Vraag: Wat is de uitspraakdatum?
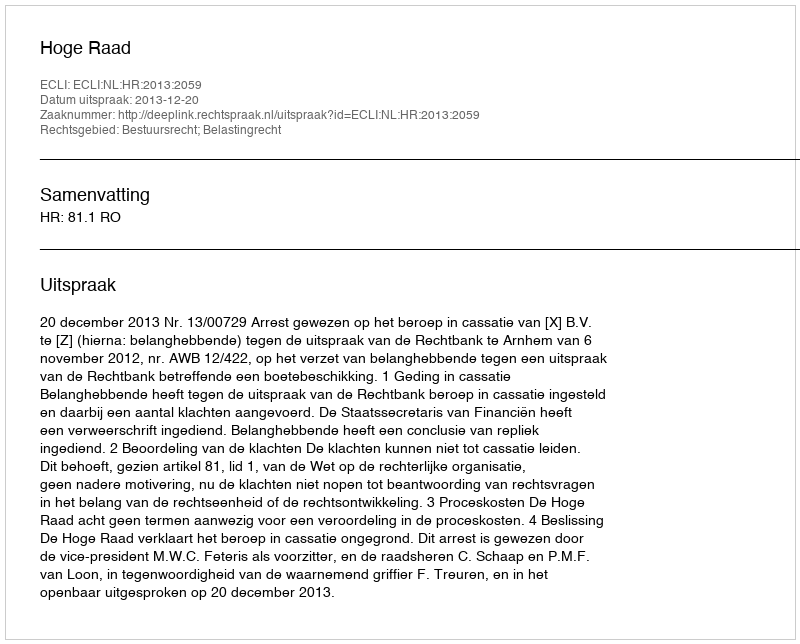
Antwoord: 2013-12-20